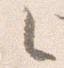
之